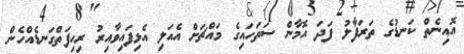
އޮއިނެތް ކަނޑުގެ ތަރަފާލު ފަދަ އޮމާން ސަތަހައިގެ މައްޗަށް އެއަލި އެޅިފައިވާއިރު ރިހިފަތްގަނޑެއްހެން